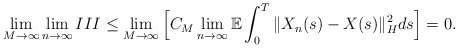
\begin{align*}\lim_{M\rightarrow\infty}\lim_{n\rightarrow\infty} III \leq \lim_{M\rightarrow\infty}\Big[ C_M \lim_{n\rightarrow\infty} \mathbb{E} \int_0^{T} \Vert X_n(s) - X(s) \Vert_H^2 ds \Big] = 0 .\end{align*}